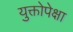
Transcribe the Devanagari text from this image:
युक्तोपेक्षा